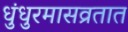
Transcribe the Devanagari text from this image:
धुंधुरमासव्रतात